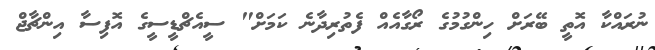
ނުރައްކާ އޮތީ ބޭރަށް ހިންގުމުގެ ރޯގާއެއް ފެތުރިދާނެ ކަމަށް" ސީއެޗްޑީސީގެ އޮފިސާ އިންޗާޖް